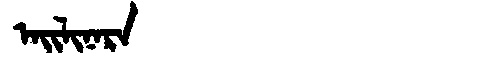
Manchu: ᠠᡳᠯᡳᠨᠠᡵᠠ
Romanization: AILINARA